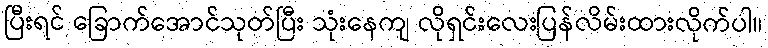
ပြီးရင် ခြောက်အောင်သုတ်ပြီး သုံးနေကျ လိုရှင်းလေးပြန်လိမ်းထားလိုက်ပါ။